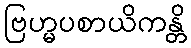
ဗြဟ္မပစာယိကန္တိ